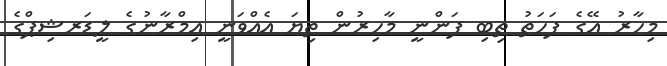
މިހާރު އޭގެ ފަހަތު ތިބި ފަންނީ މާހިރުން ތިޔަ އެއްވަނީ އިމްރާނުގެ ލީޑަރޝިޕްގެ